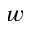
w